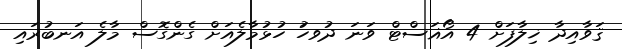
ޤަވާއިދާ ޚިލާފަށް 4 އޯޣަސްޓް ވަނަ ދުވހަު ހުޅުމާލެއަށް ގެންގޮސް މާލެ އަނބުރައި